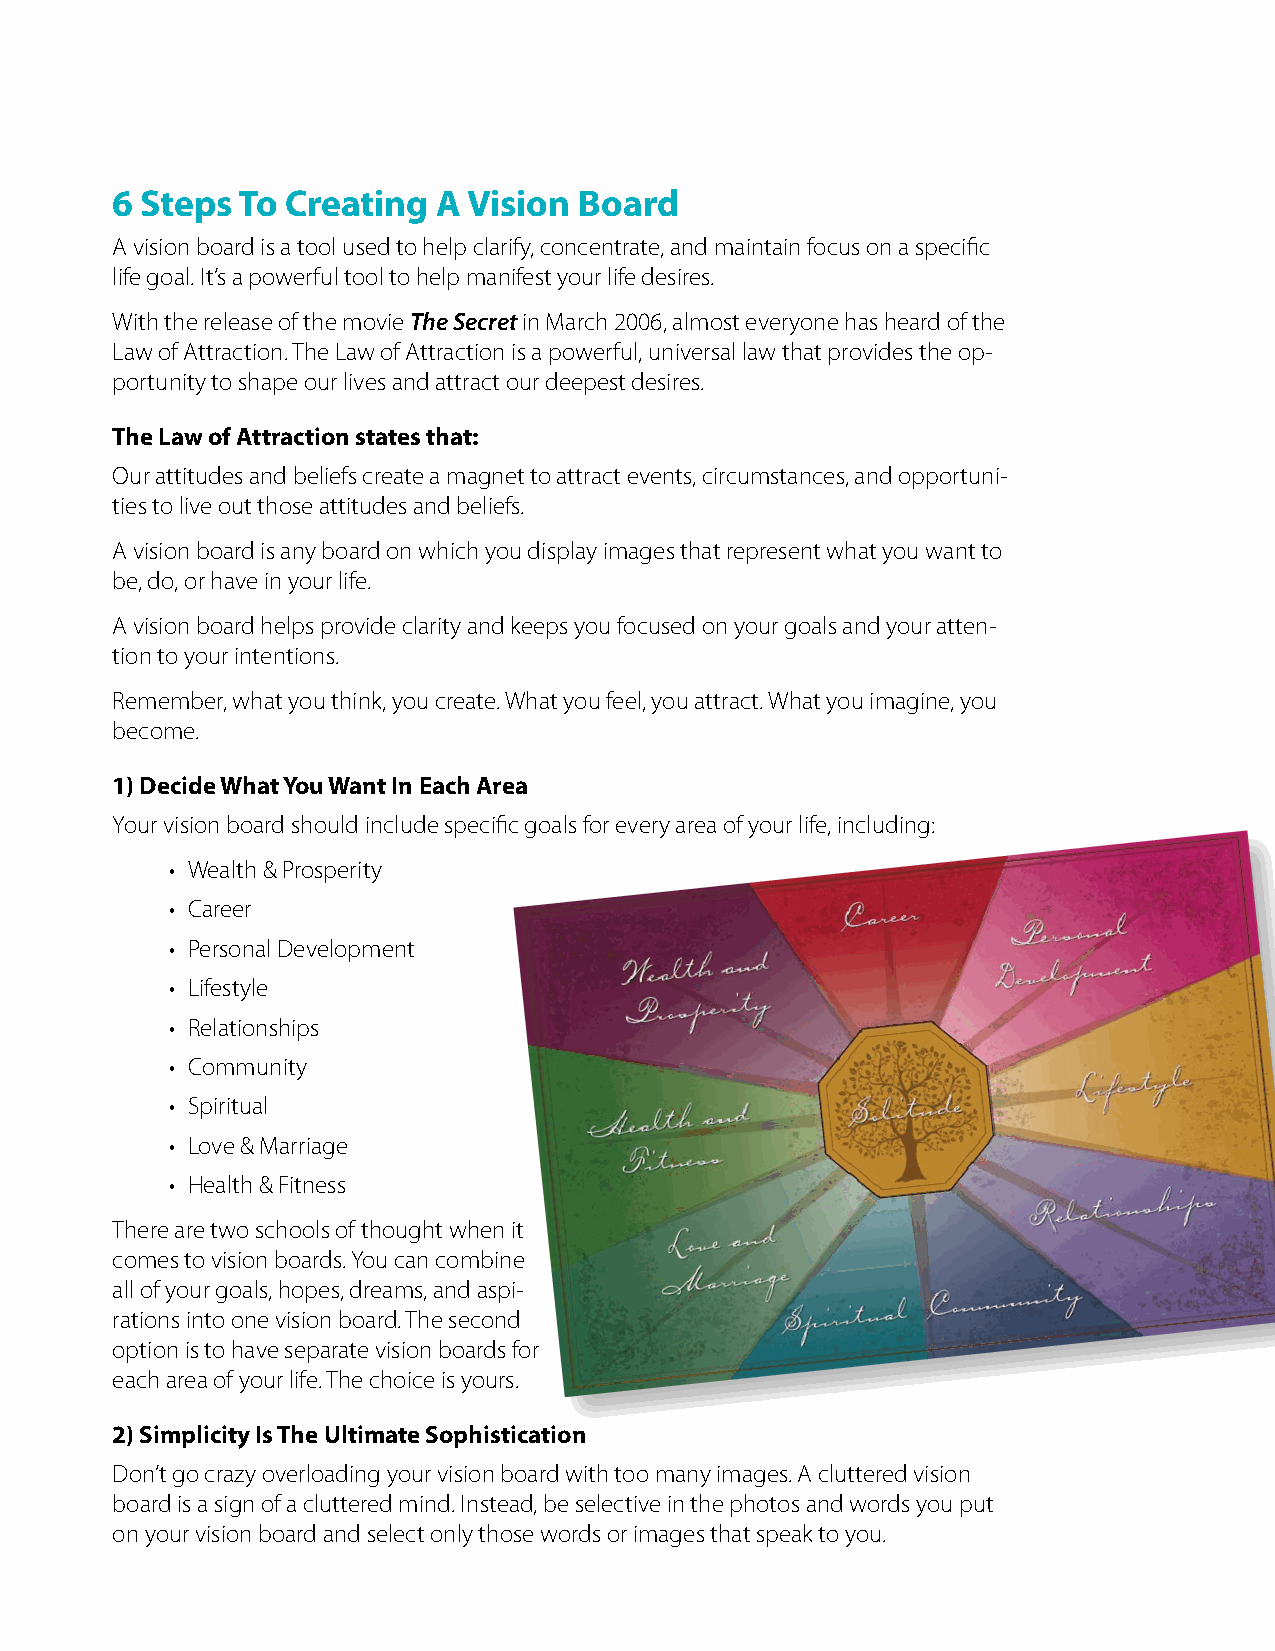
6 Steps  To Creating  A Vision Board
 A vision board is a tool used to help clarify, concentrate, and maintain focus on a specific
 life goal. It’s a powerful tool to help manifest your life desires.
 With the release of the movie The Secret in March 2006, almost everyone has heard of the
 Law of Attraction. The Law of Attraction is a powerful, universal law that provides the op-
 portunity to shape our lives and attract our deepest desires.
 The Law of Attraction states that:
 Our attitudes and beliefs create a magnet to attract events, circumstances, and opportuni-
 ties to live out those attitudes and beliefs.
 A vision board is any board on which you display images that represent what you want to
 be, do, or have in your life.
 A vision board helps provide clarity and keeps you focused on your goals and your atten-
 tion to your intentions.
 Remember, what you think, you create. What you feel, you attract. What you imagine, you
 become.
 1) Decide What You Want In Each Area
 Your vision board should include specific goals for every area of your life, including:
 • Wealth & Prosperity
 • Career
 • Personal Development
 • Lifestyle
 • Relationships
 • Community
 • Spiritual
 • Love & Marriage
 • Health & Fitness
 There are two schools of thought when it
 comes to vision boards. You can combine
 all of your goals, hopes, dreams, and aspi-
 rations into one vision board. The second
 option is to have separate vision boards for
 each area of your life. The choice is yours.
 2) Simplicity Is The Ultimate Sophistication
 Don’t go crazy overloading your vision board with too many images. A cluttered vision
 board is a sign of a cluttered mind. Instead, be selective in the photos and words you put
 on your vision board and select only those words or images that speak to you.